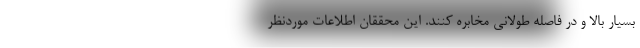
بسیار بالا و در فاصله طولانی مخابره کنند. این محققان اطلاعات موردنظر